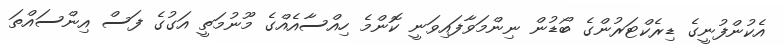
އެކުންފުނީގެ ޑިރެކްޓަރުންގެ ބޯޑުން ނިންމަވާފައިވަނީ ކޮންމެ ހިއްސާއެއްގެ މޫނުމަތީ އަގުގެ ފަސް އިންސައްތަ